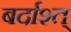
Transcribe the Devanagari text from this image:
बर्दाश्त्